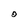
Character: O